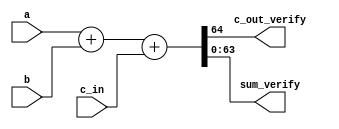
`timescale 1ns / 1ps
//////////////////////////////////////////////////////////////////////////////////
// Company: 
// Engineer: 
// 
// Design Name: 
// Module Name: verification_64bit
// Project Name: 
// Target Devices: 
// Tool Versions: 
// Description: 
// 
// Dependencies: 
// 
// Revision:
// Revision 0.01 - File Created
// Additional Comments:
// 
//////////////////////////////////////////////////////////////////////////////////


module verification_64bit(a,b,c_in,c_out_verify,sum_verify);
//declare inputs a, b, c_in
input	[63:0]a;
input [63:0]b;
input c_in;
output c_out_verify; 
output [63:0]sum_verify; //declare outputs c_out and sum

assign {c_out_verify, sum_verify} = a + b + c_in;

endmodule